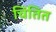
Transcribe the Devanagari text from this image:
चिंतित